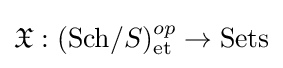
{\mathfrak {X}}:({\text{Sch}}/S)_{\text{et}}^{op}\to {\text{Sets}}